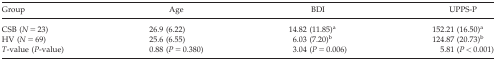
<table><thead><tr><td><b>Group</b></td><td><b>Age</b></td><td><b>BDI</b></td><td><b>UPPS‐P</b></td></tr></thead><tbody><tr><td>CSB (<i>N</i> = 23)</td><td>26.9 (6.22)</td><td>14.82 (11.85)a</td><td>152.21 (16.50)a</td></tr><tr><td>HV (<i>N</i> = 69)</td><td>25.6 (6.55)</td><td>6.03 (7.20)b</td><td>124.87 (20.73)b</td></tr><tr><td><i>T</i>‐value (<i>P</i>‐value)</td><td>0.88 (<i>P</i> = 0.380)</td><td>3.04 (<i>P</i> = 0.006)</td><td>5.81 (<i>P</i> &lt; 0.001)</td></tr></tbody></table>